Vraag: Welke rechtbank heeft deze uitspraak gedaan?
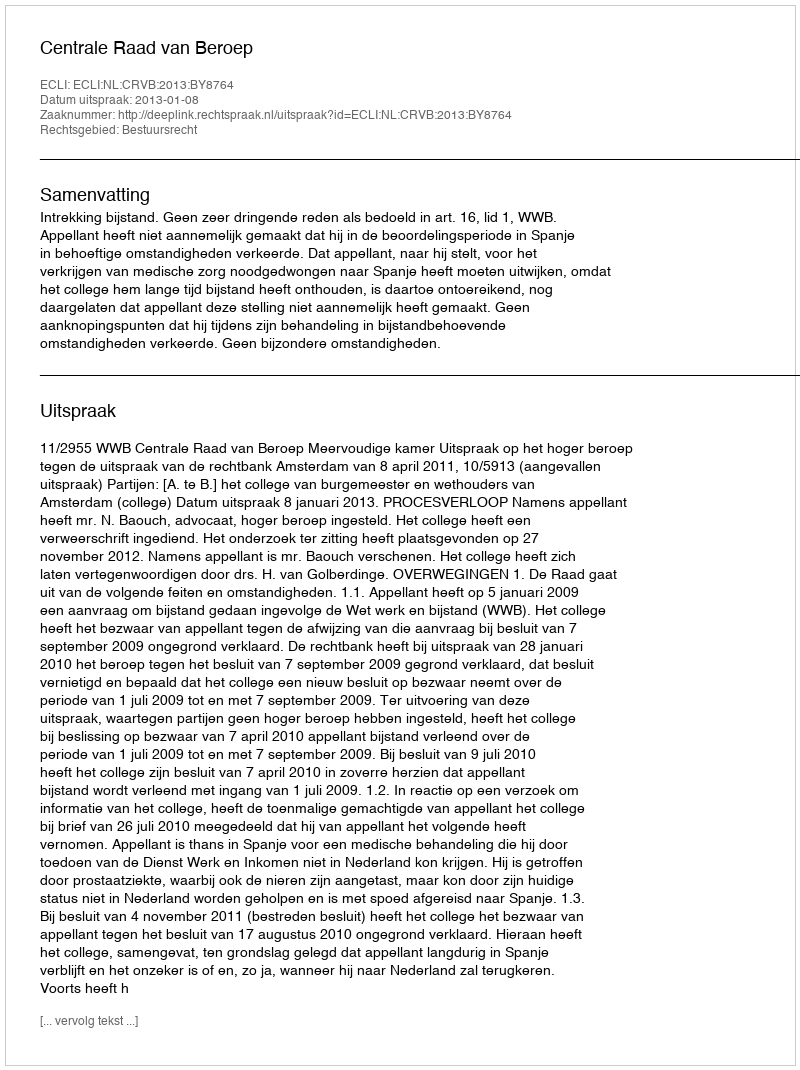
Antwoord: Centrale Raad van Beroep